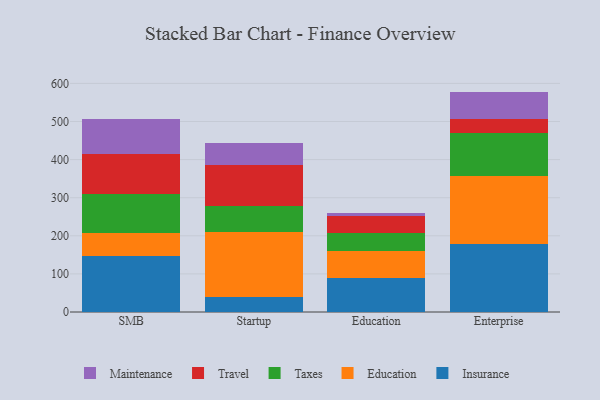
{"axis": {"x": "Segment", "y": "Page Views"}, "legend": ["Education", "Insurance", "Maintenance", "Taxes", "Travel"], "data": [{"x": "SMB", "y": 147.7, "type": "Insurance"}, {"x": "SMB", "y": 59.5, "type": "Education"}, {"x": "SMB", "y": 103.2, "type": "Taxes"}, {"x": "SMB", "y": 104.7, "type": "Travel"}, {"x": "SMB", "y": 90.3, "type": "Maintenance"}, {"x": "Startup", "y": 39.7, "type": "Insurance"}, {"x": "Startup", "y": 169.6, "type": "Education"}, {"x": "Startup", "y": 68.0, "type": "Taxes"}, {"x": "Startup", "y": 108.4, "type": "Travel"}, {"x": "Startup", "y": 58.6, "type": "Maintenance"}, {"x": "Education", "y": 89.5, "type": "Insurance"}, {"x": "Education", "y": 71.0, "type": "Education"}, {"x": "Education", "y": 46.0, "type": "Taxes"}, {"x": "Education", "y": 46.7, "type": "Travel"}, {"x": "Education", "y": 6.5, "type": "Maintenance"}, {"x": "Enterprise", "y": 179.8, "type": "Insurance"}, {"x": "Enterprise", "y": 177.9, "type": "Education"}, {"x": "Enterprise", "y": 113.2, "type": "Taxes"}, {"x": "Enterprise", "y": 35.1, "type": "Travel"}, {"x": "Enterprise", "y": 72.5, "type": "Maintenance"}]}